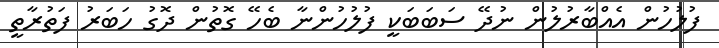
ފުލުހުން އެއްބާރުލުން ނުދޭ ސަބަބަކީ ފުލުހުންނާ ބެހޭ ގޮތުން ދޮގު ހަބަރު ފަތުރާތީ